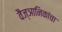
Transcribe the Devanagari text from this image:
वैज्ञानिकांचा